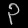
Digit: ၃